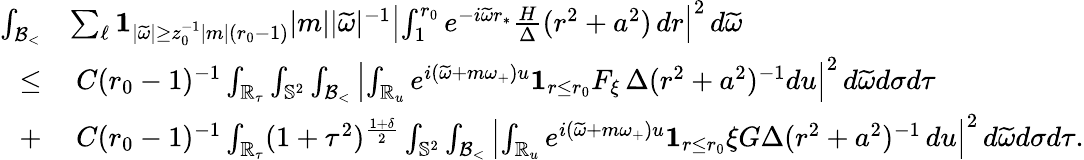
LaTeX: \begin{array}{rl}{\int_{{\mathcal{B}_{<}}}}&{\sum_{\ell}\mathbf{1}_{|\widetilde{\omega}|\geq z_{0}^{-1}|m|(r_{0}-1)}|m||\widetilde{\omega}|^{-1}\left|\int_{1}^{r_{0}}e^{-i\widetilde{\omega}r_{*}}\frac{H}{\Delta}(r^{2}+a^{2})\, dr\right|^{2}\, d\widetilde{\omega}}\\ {\leq}&{\: C(r_{0}-1)^{-1}\int_{\mathbb{R}_{\tau}}\int_{\mathbb{S}^{2}}\int_{{\mathcal{B}_{<}}}\left|\int_{\mathbb{R}_{u}}e^{i(\widetilde{\omega}+m\omega_{+})u}\mathbf{1}_{r\leq r_{0}}F_{\xi}\, \Delta(r^{2}+a^{2})^{-1}du\right|^{2}\, d\widetilde{\omega}d\sigma d\tau}\\ {+}&{\: C(r_{0}-1)^{-1}\int_{\mathbb{R}_{\tau}}(1+\tau^{2})^{\frac{1+\delta}{2}}\int_{\mathbb{S}^{2}}\int_{{\mathcal{B}_{<}}}\left|\int_{\mathbb{R}_{u}}e^{i(\widetilde{\omega}+m\omega_{+})u}\mathbf{1}_{r\leq r_{0}}\xi G\Delta(r^{2}+a^{2})^{-1}\, du\right|^{2}\, d\widetilde{\omega}d\sigma d\tau.}\end{array}